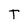
Character: T